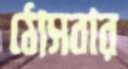
ঠোসবার